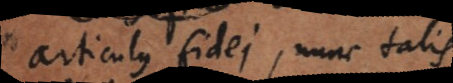
articulus fidei, nunc talis